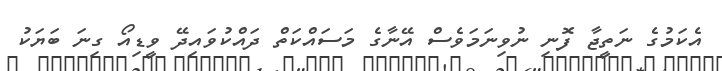
އެކަމުގެ ނަތީޖާ ފޮނި ނުވިނަމަވެސް އޭނާގެ މަސައްކަތް ދައްކުވައިދޭ ވީޑިއޯ ގިނަ ބަޔަކު